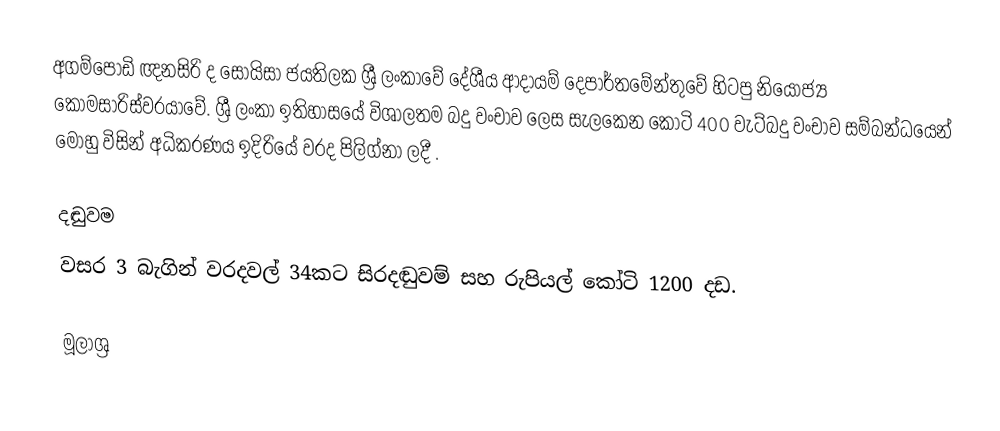
අගම්පොඩි ඥනසිරි ද සොයිසා ජයතිලක ශ්‍රී ලංකාවේ දේශීය ආදායම් දෙපාර්තමේන්තුවේ හිටපු නියෝජ්‍ය කොමසාරිස්වරයාවේ. ශ්‍රී ලංකා ඉතිහාසයේ විශාලතම බදු වංචාව ලෙස සැලකෙන කෝටි 400 වැට්බදු වංචාව සම්බන්ධයෙන් මොහු විසින් අධිකරණය ඉදිරියේ වරද පිලිග්නා ලදී .

දඬුවම
වසර 3 බැගින් වරදවල් 34කට සිරදඬුවම් සහ රුපියල් කෝටි 1200 දඩ.

මූලාශ්‍ර